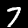
Digit: 7